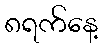
၈ရက်နေ့